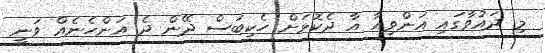
މި ދައުވާގައި އަންވިއާ އާ ދެކޮޅަށް ހެކިބަސް ދޭން ދެ އަންހެނެއް ވަނީ